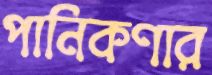
পানিকণার